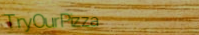
TryOurPizza